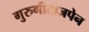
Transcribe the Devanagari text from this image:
गुरुगीताजपेन